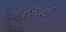
ઇટાલી